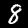
Digit: 8